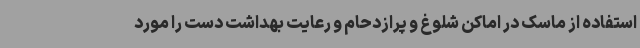
استفاده از ماسک در اماکن شلوغ و پرازدحام و رعایت بهداشت دست را مورد